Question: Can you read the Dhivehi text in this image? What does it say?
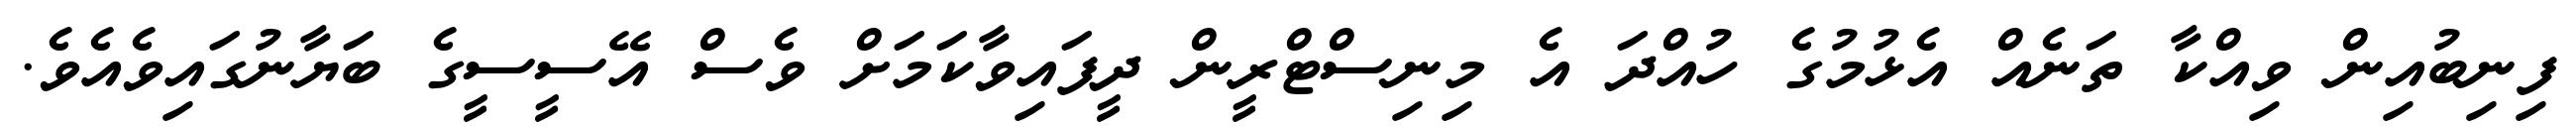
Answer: ފިނިބުއިން ވިއްކާ ތަނެއް އެޅުމުގެ ހުއްދަ އެ މިނިސްޓްރީން ދީފައިވާކަމަށް ވެސް އޭސީސީގެ ބަޔާނުގައިވެއެވެ.